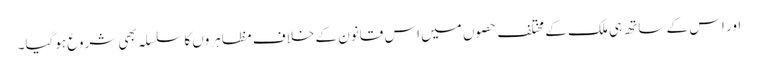
اور اس کے ساتھ ہی ملک کے مختلف حصوں میں اس قانون کے خلاف مظاہروں کا سلسلہ بھی شروع ہوگیا۔